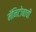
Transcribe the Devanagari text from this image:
मॅनिटोबाची